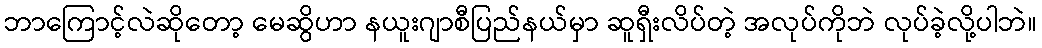
ဘာကြောင့်လဲဆိုတော့ မေဆွိဟာ နယူးဂျာစီပြည်နယ်မှာ ဆူရှီးလိပ်တဲ့ အလုပ်ကိုဘဲ လုပ်ခဲ့လို့ပါဘဲ။